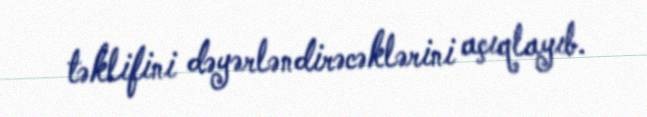
təklifini dəyərləndirəcəklərini açıqlayıb.